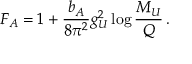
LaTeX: F _ { A } = 1 + \frac { b _ { A } } { 8 \pi ^ { 2 } } g _ { U } ^ { 2 } \log \frac { M _ { U } } { Q } \, .